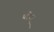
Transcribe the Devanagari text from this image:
प्लेयर्